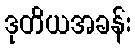
ဒုတိယအခန်း